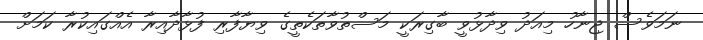
ނަމަވެސް ޖިނާހު މިއަދު ވިދާޅުވީ ބާގިރަކީ މަސްތުވާތަކެތީގެ ވިޔާފާރި ފުޅާދާއިރާ އެއްގައިކުރާ ކަމަށް